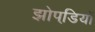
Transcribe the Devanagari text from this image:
झोपडि़यों